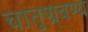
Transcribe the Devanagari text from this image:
चातुण्र्वण्य